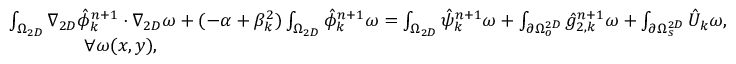
\begin{array} { r l } & { \int _ { \Omega _ { 2 D } } \nabla _ { 2 D } \hat { \phi } _ { k } ^ { n + 1 } \cdot \nabla _ { 2 D } \omega + ( - \alpha + \beta _ { k } ^ { 2 } ) \int _ { \Omega _ { 2 D } } \hat { \phi } _ { k } ^ { n + 1 } \omega = \int _ { \Omega _ { 2 D } } \hat { \psi } _ { k } ^ { n + 1 } \omega + \int _ { \partial \Omega _ { o } ^ { 2 D } } \hat { g } _ { 2 , k } ^ { n + 1 } \omega + \int _ { \partial \Omega _ { s } ^ { 2 D } } \hat { U } _ { k } \omega , } \\ & { \qquad \qquad \forall \omega ( x , y ) , } \end{array}